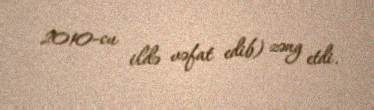
2010-cu ildə vəfat edib) zəng etdi.